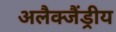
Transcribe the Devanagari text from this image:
अलैक्जैंड्रीय